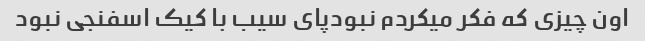
اون چیزی که فکر میکردم نبودپای سیب با کیک اسفنجی نبود